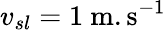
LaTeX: v_{sl}=1~\mathrm{m.s^{-1}}